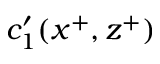
c _ { 1 } ^ { \prime } ( x ^ { + } , z ^ { + } )